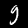
Digit: 9